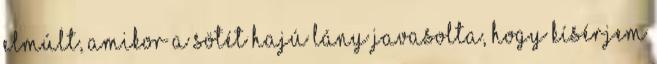
elmúlt, amikor a sötét hajú lány javasolta, hogy kísérjem